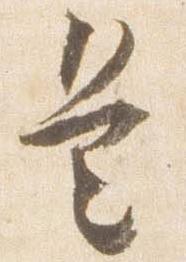
是